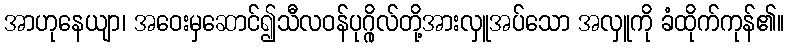
အာဟုနေယျာ၊ အဝေးမှဆောင်၍သီလဝန်ပုဂ္ဂိုလ်တို့အားလှူအပ်သော အလှူကို ခံထိုက်ကုန်၏။